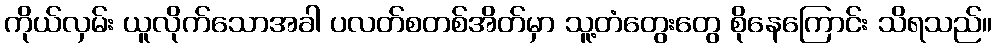
ကိုယ်လှမ်း ယူလိုက်သောအခါ ပလတ်စတစ်အိတ်မှာ သူ့တံတွေးတွေ စိုနေကြောင်း သိရသည်။